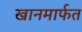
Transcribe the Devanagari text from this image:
खानमार्फत